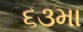
૬૩મા